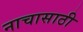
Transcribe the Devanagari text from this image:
नाचासाठी